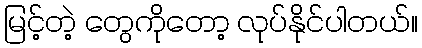
မြင့်တဲ့ တွေကိုတော့ လုပ်နိုင်ပါတယ်။